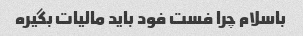
باسلام چرا فست فود باید مالیات بگیره